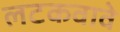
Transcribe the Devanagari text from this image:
लटकवावे